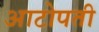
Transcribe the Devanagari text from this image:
आटोपती